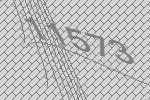
11573